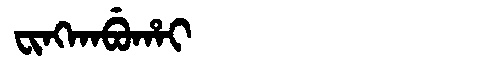
Manchu: ᠸᡳᠩᡴᠠᠪᡠᡥᠠᡳ
Romanization: FINGKABUHAI